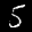
Label: 5